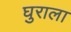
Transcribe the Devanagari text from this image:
घुराला